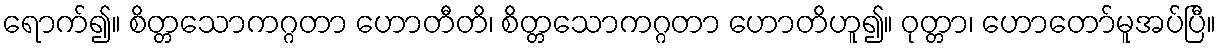
ရောက်၍။ စိတ္တသောကဂ္ဂတာ ဟောတီတိ၊ စိတ္တသောကဂ္ဂတာ ဟောတိဟူ၍။ ဝုတ္တာ၊ ဟောတော်မူအပ်ပြီ။